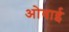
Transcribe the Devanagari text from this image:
ओवाई